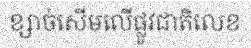
ខ្សាច់សើមលើផ្លូវជាតិលេខ